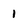
Character: 1